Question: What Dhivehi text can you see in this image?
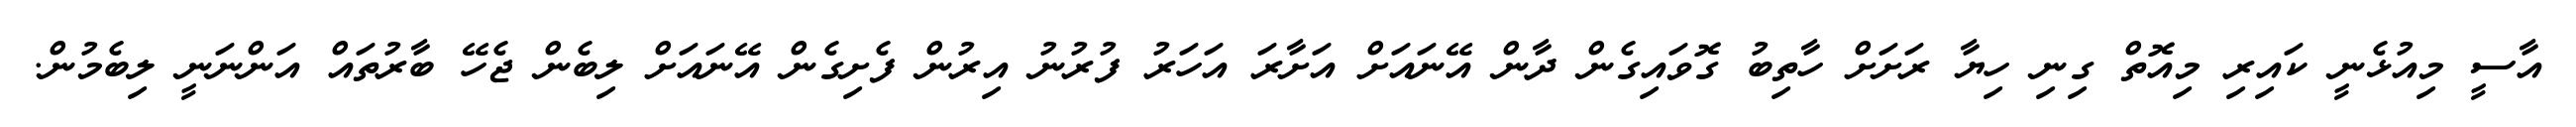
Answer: އާސީ މިއުޅެނީ ކައިރި މިއޮތް ގިނި ހިޔާ ރަށަށް ހާތިބު ގޮވައިގެން ދާން އޭނައަށް އަށާރަ އަހަރު ފުރުނު އިރުން ފެށިގެން އޭނައަށް ލިބެން ޖެހޭ ބާރުތައް އަންނަނީ ލިބެމުން.